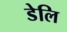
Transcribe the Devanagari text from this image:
डेलि